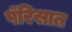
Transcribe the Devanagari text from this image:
पॅरिसात